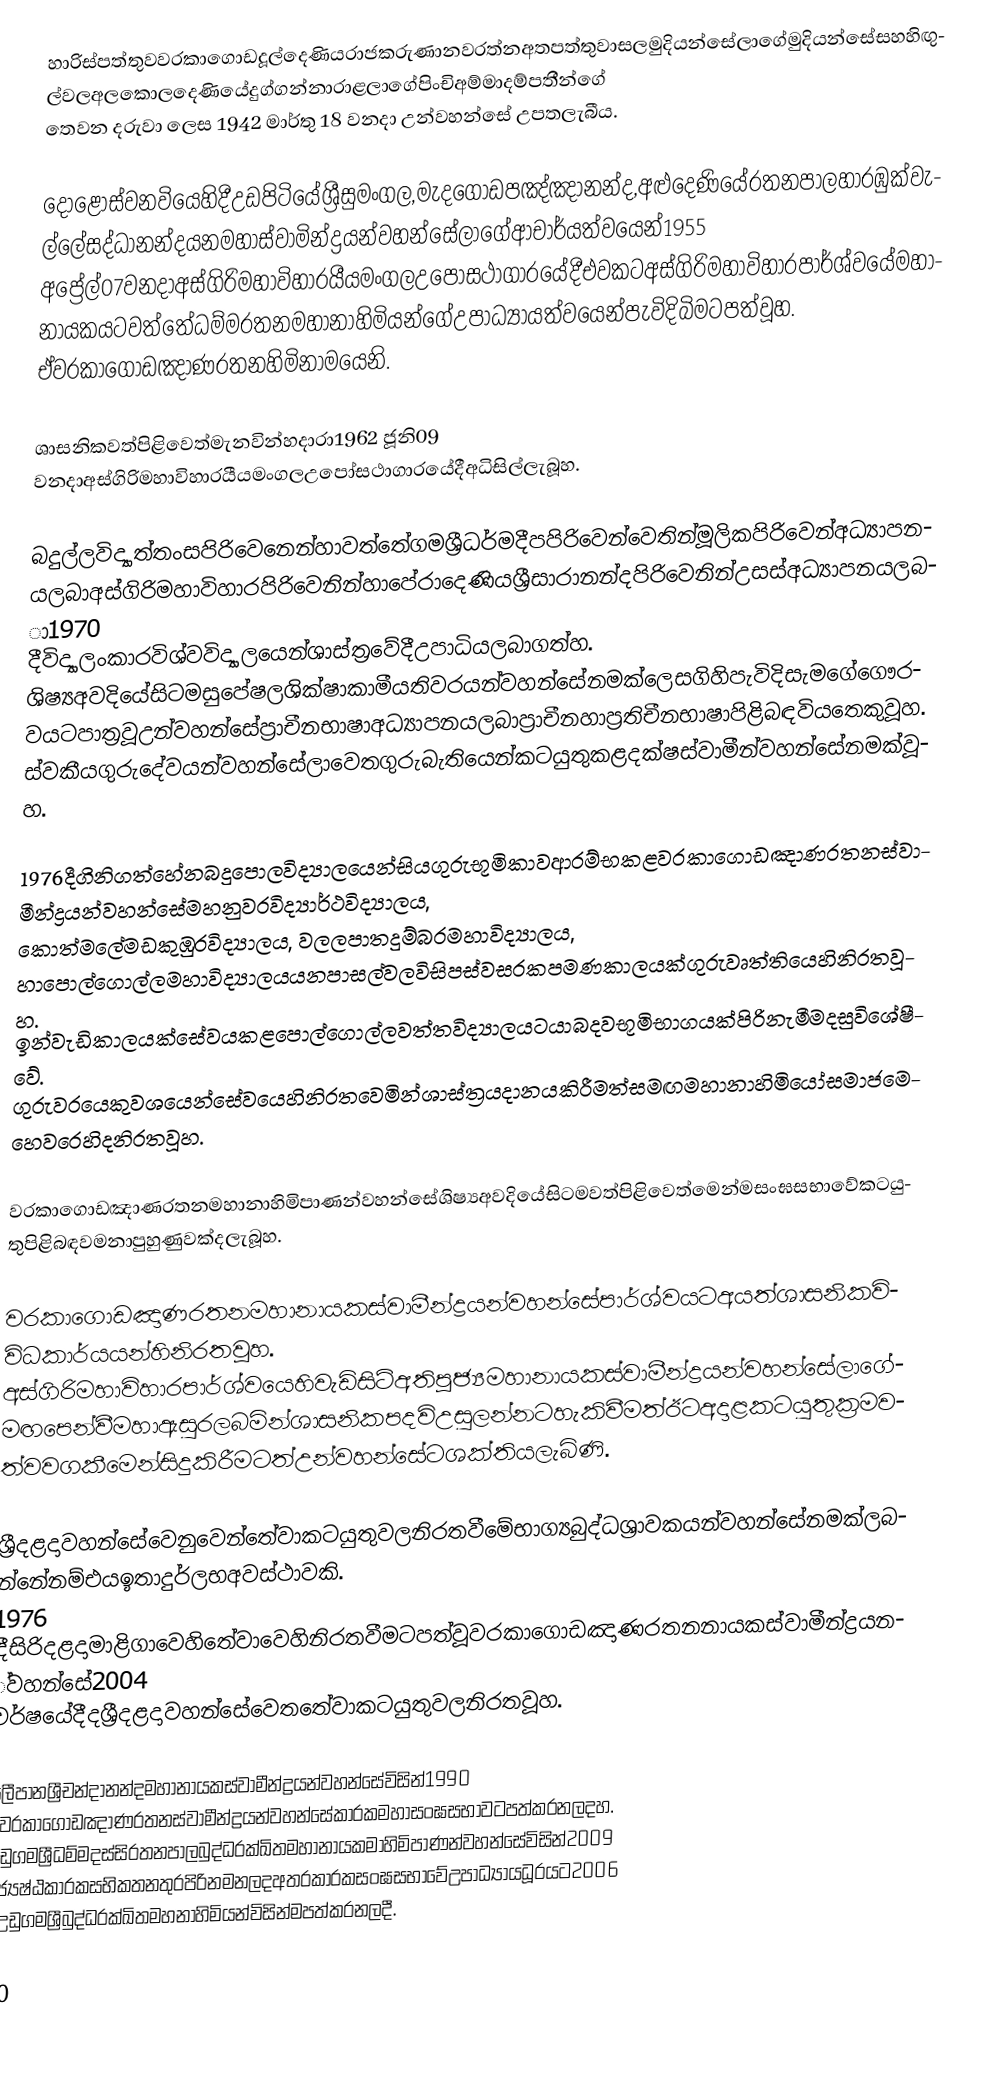
හාරිස්පත්තුවවරකාගොඩදූල්දෙණියරාජකරුණානවරත්නඅතපත්තුවාසලමුදියන්සේලාගේමුදියන්සේසහහිඟුල්වලඅලකොලදෙණියේදුග්ගන්නාරාළලාගේපිංචිඅම්මාදම්පතීන්ගේ තෙවන දරුවා ලෙස 1942 මාර්තු 18 වනදා උන්වහන්සේ   උපතලැබීය.

දොළොස්වනවියෙහිදීඋඩපිටියේශ්‍රීසුමංගල,මැදගොඩපඤ්ඤානන්ද,අළුදෙණියේරතනපාලහාරඹුක්වැල්ලේසද්ධානන්දයනමහාස්වාමින්ද්‍රයන්වහන්සේලාගේආචාර්යත්වයෙන්1955 අප්‍රේල්07වනදාඅස්ගිරිමහාවිහාරයීයමංගලඋපෝසථාගාරයේදීඑවකටඅස්ගිරිමහාවිහාරපාර්ශ්වයේමහානායකයටවත්තේධම්මරතනමහානාහිමියන්ගේඋපාධ්‍යායත්වයෙන්පැවිදිබිමටපත්වූහ. ඒවරකාගොඩඤාණරතනහිමිනාමයෙනි.

ශාසනිකවත්පිළිවෙත්මැනවින්හදාරා1962 ජූනි09 වනදාඅස්ගිරිමහාවිහාරයීයමංගලඋපෝසථාගාරයේදීඅධිසිල්ලැබූහ.

බදුල්ලවිද්‍යාත්තංසපිරිවෙනෙන්හාවත්තේගමශ්‍රීධර්මදීපපිරිවෙන්වෙතින්මූලිකපිරිවෙන්අධ්‍යාපනයලබාඅස්ගිරිමහාවිහාරපිරිවෙනින්හාපේරාදෙණියශ්‍රීසාරානන්දපිරිවෙනින්උසස්අධ්‍යාපනයලබා1970 දීවිද්‍යාලංකාරවිශ්වවිද්‍යාලයෙන්ශාස්ත්‍රවේදීඋපාධියලබාගත්හ. ශිෂ්‍යඅවදියේසිටමසුපේෂලශික්ෂාකාමීයතිවරයන්වහන්සේනමක්ලෙසගිහිපැවිදිසැමගේගෞරවයටපාත්‍රවූඋන්වහන්සේප්‍රාචීනභාෂාඅධ්‍යාපනයලබාප්‍රාචීනහාප්‍රතිචීනභාෂාපිළිබඳවියතෙකුවූහ. ස්වකීයගුරුදේවයන්වහන්සේලාවෙතගුරුබැතියෙන්කටයුතුකළදක්ෂස්වාමීන්වහන්සේනමක්වූහ.

1976දීගිනිගත්හේනබදුපොලවිද්‍යාලයෙන්සියගුරුභූමිකාවආරම්භකළවරකාගොඩඤාණරතනස්වාමීන්ද්‍රයන්වහන්සේමහනුවරවිද්‍යාර්ථවිද්‍යාලය, කොත්මලේමඩකුඹුරවිද්‍යාලය, වලලපාතදුම්බරමහාවිද්‍යාලය, හාපොල්ගොල්ලමහාවිද්‍යාලයයනපාසල්වලවිසිපස්වසරකපමණකාලයක්ගුරුවෘත්තියෙහිනිරතවූහ. ඉන්වැඩිකාලයක්සේවයකළපොල්ගොල්ලවත්තවිද්‍යාලයටයාබදවභූමිභාගයක්පිරිනැමීමදසුවිශේෂීවේ. ගුරුවරයෙකුවශයෙන්සේවයෙහිනිරතවෙමින්ශාස්ත්‍රයදානයකිරීමත්සමඟමහානාහිමියෝසමාජමෙහෙවරෙහිදනිරතවූහ.

වරකාගොඩඤාණරතනමහානාහිමිපාණන්වහන්සේශිෂ්‍යඅවදියේසිටමවත්පිළිවෙත්මෙන්මසංඝසභාවේකටයුතුපිළිබඳවමනාපුහුණුවක්දලැබූහ.

වරකාගොඩඤාණරතනමහානායකස්වාමීන්ද්‍රයන්වහන්සේපාර්ශ්වයටඅයත්ශාසනිකවිවිධකාර්යයන්හිනිරතවූහ. අස්ගිරිමහාවිහාරපාර්ශ්වයෙහිවැඩිසිටිඅතිපූජ්‍යමහානායකස්වාමීන්ද්‍රයන්වහන්සේලාගේමඟපෙන්වීමහාඇසුරලබමින්ශාසනිකපදවිඋසුලන්නටහැකිවීමත්ඊටඅදාළකටයුතුක්‍රමවත්වවගකීමෙන්සිදුකිරීමටත්උන්වහන්සේටශක්තියලැබිණි.

ශ්‍රීදළදාවහන්සේවෙනුවෙන්තේවාකටයුතුවලනිරතවීමේභාග්‍යබුද්ධශ්‍රාවකයන්වහන්සේනමක්ලබන්නේනම්එයඉතාදුර්ලභඅවස්ථාවකි. 1976 දීසිරිදළදාමාළිගාවෙහිතේවාවෙහිනිරතවීමටපත්වූවරකාගොඩඤාණරතනනායකස්වාමීන්ද්‍රයන්වහන්සේ2004 වර්ෂයේදීදශ්‍රීදළදාවහන්සේවෙතතේවාකටයුතුවලනිරතවූහ.

පලීපානශ්‍රීචන්දානන්දමහානායකස්වාමීන්ද්‍රයන්වහන්සේවිසින්1990 දීවරකාගොඩඤාණරතනස්වාමීන්ද්‍රයන්වහන්සේකාරකමහාසංඝසභාවටපත්කරනලදහ. උඩුගමශ්‍රීධම්මදස්සිරතනපාලබුද්ධරක්ඛිතමහානායකමාහිමිපාණන්වහන්සේවිසින්2009 ජ්‍යෙෂ්ඨකාරකසභිකතනතුරපිරිනමනලදඅතරකාරකසංඝසභාවේඋපාධ්‍යායධූරයට2006 දීඋඩුගමශ්‍රීබුද්ධරක්ඛිතමහනාහිමියන්විසින්මපත්කරනලදී.

20